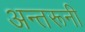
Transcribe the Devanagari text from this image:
अन्तरूनी